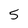
Character: 5